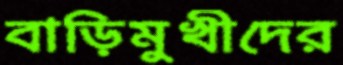
বাড়িমুখীদের